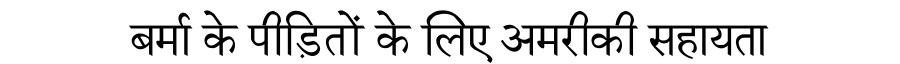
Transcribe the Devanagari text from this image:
बर्मा के पीड़ितों के लिए अमरीकी सहायता